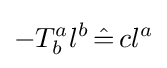
-T_{b}^{a}l^{b}\,{\hat {=}}\,cl^{a}